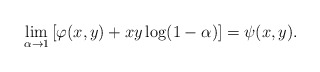
\begin{align*}\lim_{\alpha\to 1} \left[\varphi(x,y)+xy\log(1-\alpha)\right]=\psi(x,y).\end{align*}